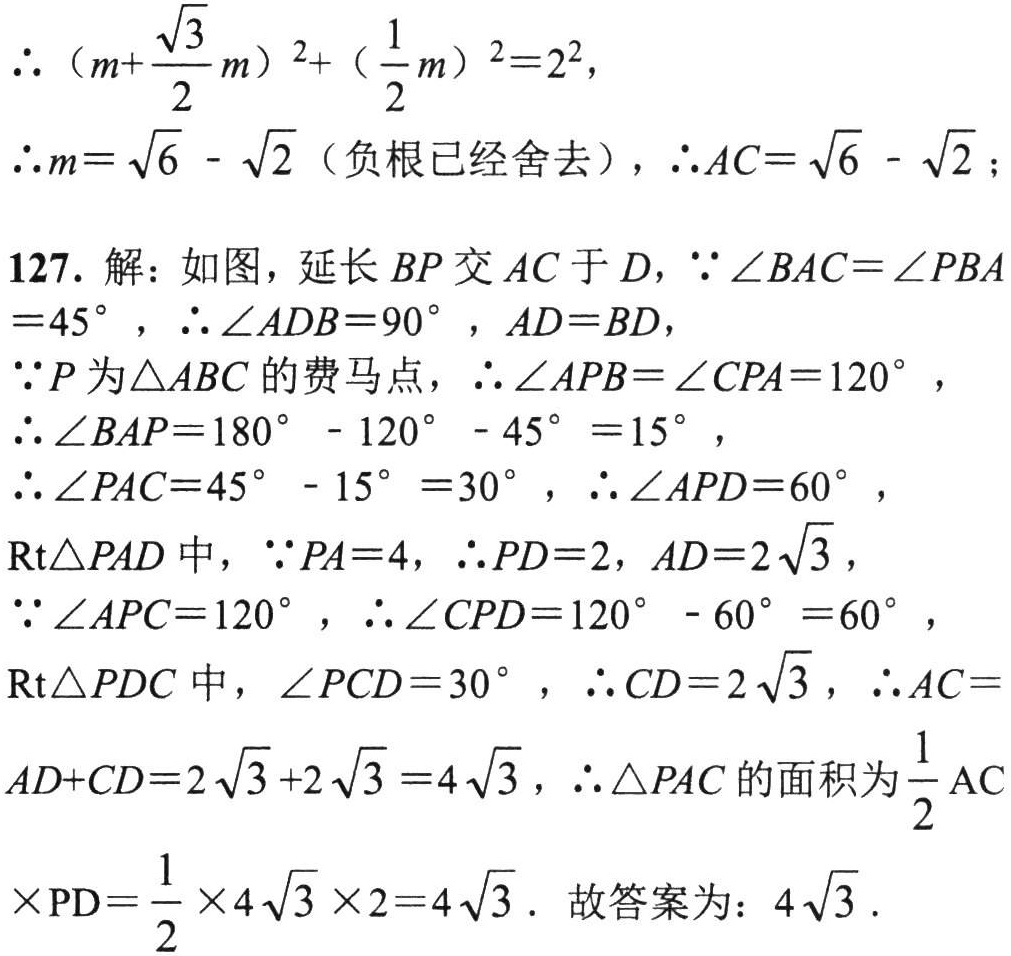
\(\therefore (m + \frac{\sqrt{3}}{2}m)^2 + (\frac{1}{2}m)^2 = 2^2\)，

\(\therefore m = \sqrt{6} - \sqrt{2}\)（负根已经舍去），\(\therefore AC = \sqrt{6} - \sqrt{2}\)；

127. 解：如图，延长 \(BP\) 交 \(AC\) 于 \(D\)，\(\because \angle BAC = \angle PBA = 45^{\circ}\)，\(\therefore \angle ADB = 90^{\circ}\)，\(AD = BD\)，

\(\because P\) 为 \(\triangle ABC\) 的费马点，\(\therefore \angle APB = \angle CPA = 120^{\circ}\)，

\(\therefore \angle BAP = 180^{\circ} - 120^{\circ} - 45^{\circ} = 15^{\circ}\)，

\(\therefore \angle PAC = 45^{\circ} - 15^{\circ} = 30^{\circ}\)，\(\therefore \angle APD = 60^{\circ}\)，

\(\text{Rt}\triangle PAD\) 中，\(\because PA = 4\)，\(\therefore PD = 2\)，\(AD = 2\sqrt{3}\)，

\(\because \angle APC = 120^{\circ}\)，\(\therefore \angle CPD = 120^{\circ} - 60^{\circ} = 60^{\circ}\)，

\(\text{Rt}\triangle PDC\) 中，\(\angle PCD = 30^{\circ}\)，\(\therefore CD = 2\sqrt{3}\)，\(\therefore AC = AD + CD = 2\sqrt{3} + 2\sqrt{3} = 4\sqrt{3}\)，\(\therefore \triangle PAC\) 的面积为 \(\frac{1}{2}AC\times PD = \frac{1}{2} \times 4\sqrt{3} \times 2 = 4\sqrt{3}\)．故答案为：\(4\sqrt{3}\)．